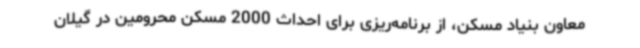
معاون بنیاد مسکن، از برنامه‌ریزی برای احداث 2000 مسکن محرومین در گیلان